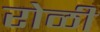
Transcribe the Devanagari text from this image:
रोळी